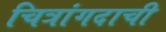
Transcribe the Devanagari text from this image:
चित्रांगदाची